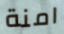
امنة